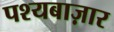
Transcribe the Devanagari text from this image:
पश्यबाज़ार